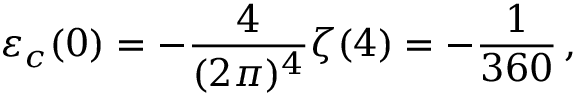
\varepsilon _ { c } ( 0 ) = - \frac { 4 } { ( 2 \pi ) ^ { 4 } } \zeta ( 4 ) = - { \frac { 1 } { 3 6 0 } } \, ,